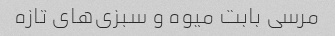
مرسی بابت میوه و سبزی‌های تازه